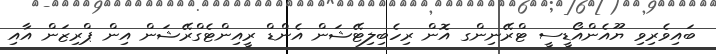
ބައިވެރިވި ޔޫއެންއޯޑީސީ ޓްރޭނިންގ އޮން ރިހެބިލިޓޭޝަން އެންޑް ރީއިންޓެގްރޭޝަން އިން ޕްރިޒަން އާއި